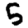
Digit: 5